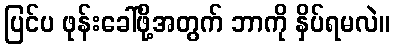
ပြင်ပ ဖုန်းခေါ်ဖို့အတွက် ဘာကို နှိပ်ရမလဲ။